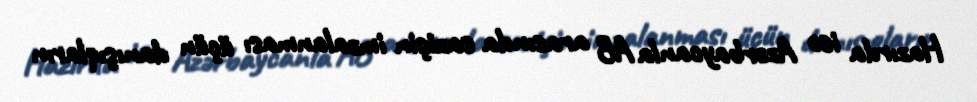
Hazırda isə Azərbaycanla AB arasında sazişin imzalanması üçün danışıqların